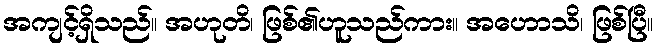
အကျင့်ရှိသည်။ အဟုတိ၊ ဖြစ်၏ဟူသည်ကား။ အဟောသိ၊ ဖြစ်ပြီ။